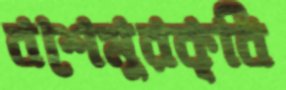
বশেমুরকৃবি